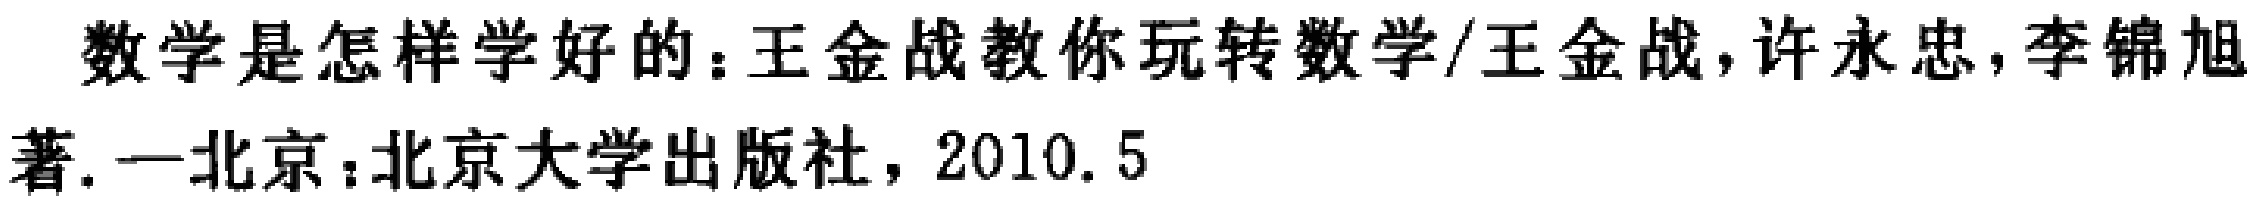
数学是怎样学好的：王金战教你玩转数学/王金战,许永忠,李锦旭著. —北京：北京大学出版社，2010.5